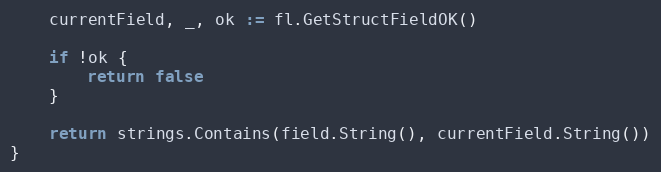
Language: Go
	currentField, _, ok := fl.GetStructFieldOK()

	if !ok {
		return false
	}

	return strings.Contains(field.String(), currentField.String())
}